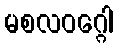
မစလဝဂ္ဂေါ